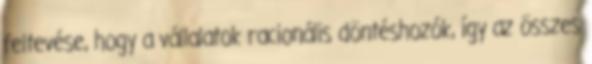
feltevése, hogy a vállalatok racionális döntéshozók, így az összes